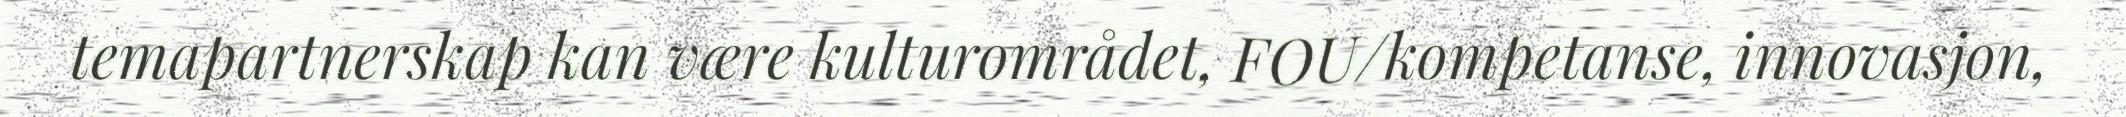
temapartnerskap kan være kulturområdet, FOU/kompetanse, innovasjon,